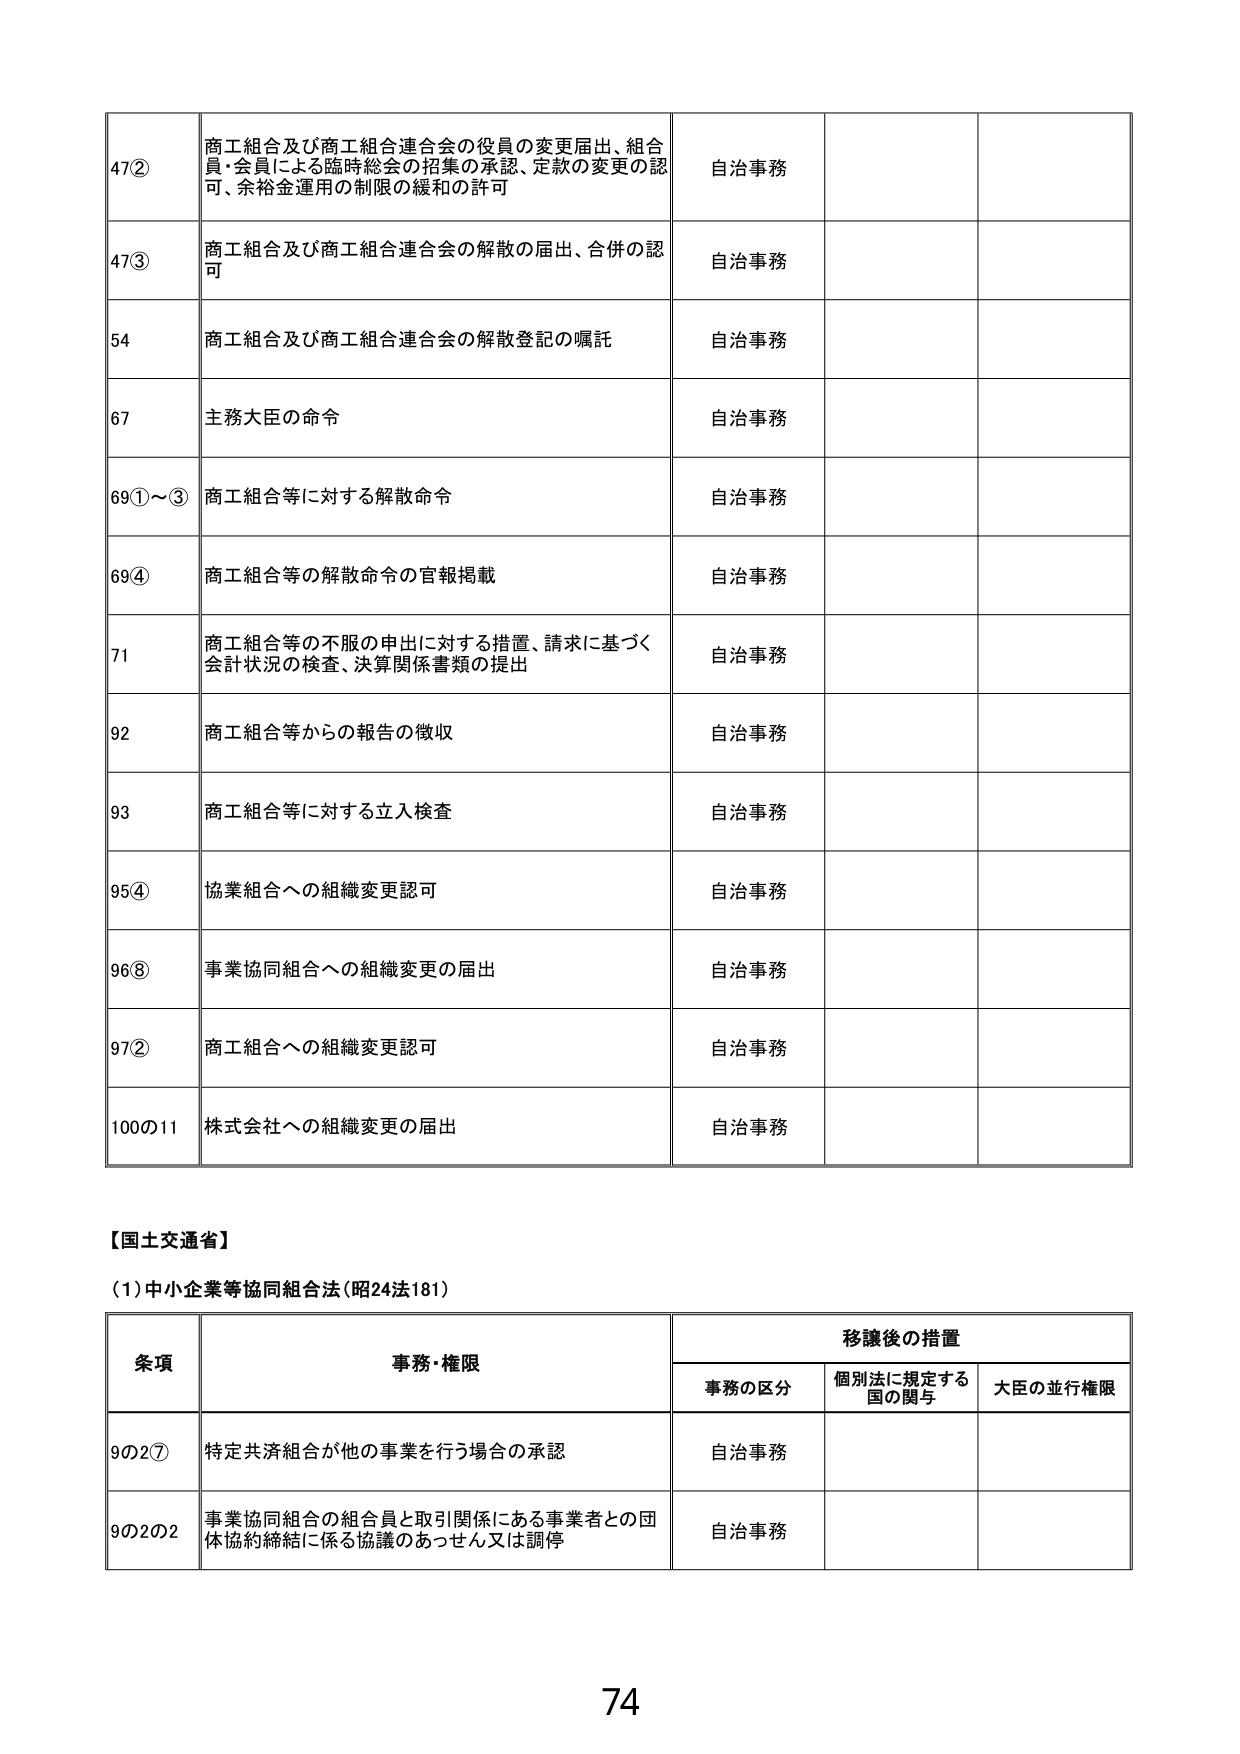
47② 商工組合及び商工組合連合会の役員の変更届出、組合員・会員による臨時総会の招集の承認、定款の変更の認可、余裕金運用の制限の緩和の許可 自治事務
47③ 商工組合及び商工組合連合会の解散の届出、合併の認可 自治事務
54 商工組合及び商工組合連合会の解散登記の嘱託 自治事務
67 主務大臣の命令 自治事務
69①～③ 商工組合等に対する解散命令 自治事務
69④ 商工組合等の解散命令の官報掲載 自治事務
71 商工組合等の不服の申出に対する措置、請求に基づく会計状況の検査、決算関係書類の提出 自治事務
92 商工組合等からの報告の徴収 自治事務
93 商工組合等に対する立入検査 自治事務
95④ 協業組合への組織変更認可 自治事務
96⑧ 事業協同組合への組織変更の届出 自治事務
97② 商工組合への組織変更認可 自治事務
100の11 株式会社への組織変更の届出 自治事務

【国土交通省】
(1)中小企業等協同組合法（昭24法181）

条項 事務・権限 移譲後の措置
　　　　　　　　　　　　　事務の区分 個別法に規定する国の関与 大臣の並行権限
9の2⑦ 特定共済組合が他の事業を行う場合の承認 自治事務
9の2の2 事業協同組合の組合員と取引関係にある事業者との団体協約締結に係る協議のあっせん又は調停 自治事務

74